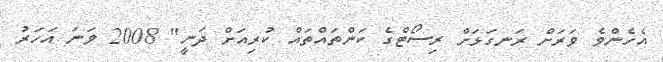
އެހެންވެ ވަރަށް ރަނގަޅަށް ރިސޯޓްގެ ކަންތައްތައް ކުރިއަށް ދަނީ" 2008 ވަނަ އަހަރު